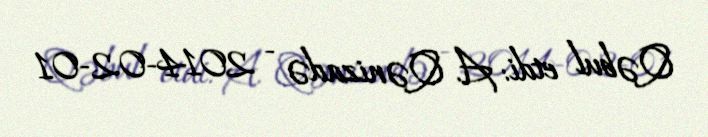
Qəbul etdi: A. Qənizadə - 2014-02-01